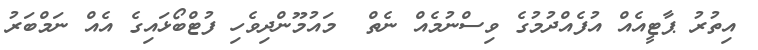
އިތުރު ޕާޓީއެއް އުފެއްދުމުގެ ވިސްނުމެއް ނެތް  މައުމޫންދިވެހި ފުޓްބޯޅައިގެ އެއް ނަމްބަރު